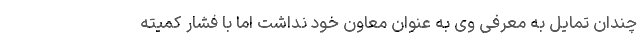
چندان تمایل به معرفی وی به عنوان معاون خود نداشت اما با فشار کمیته